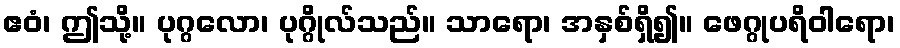
ဧဝံ၊ ဤသို့။ ပုဂ္ဂလော၊ ပုဂ္ဂိုလ်သည်။ သာရော၊ အနှစ်ရှိ၍။ ဖေဂ္ဂုပရိဝါရော၊